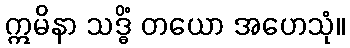
ဣမိနာ သဒ္ဓိံ တယော အဟေသုံ။